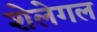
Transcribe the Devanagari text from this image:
शेलेगल